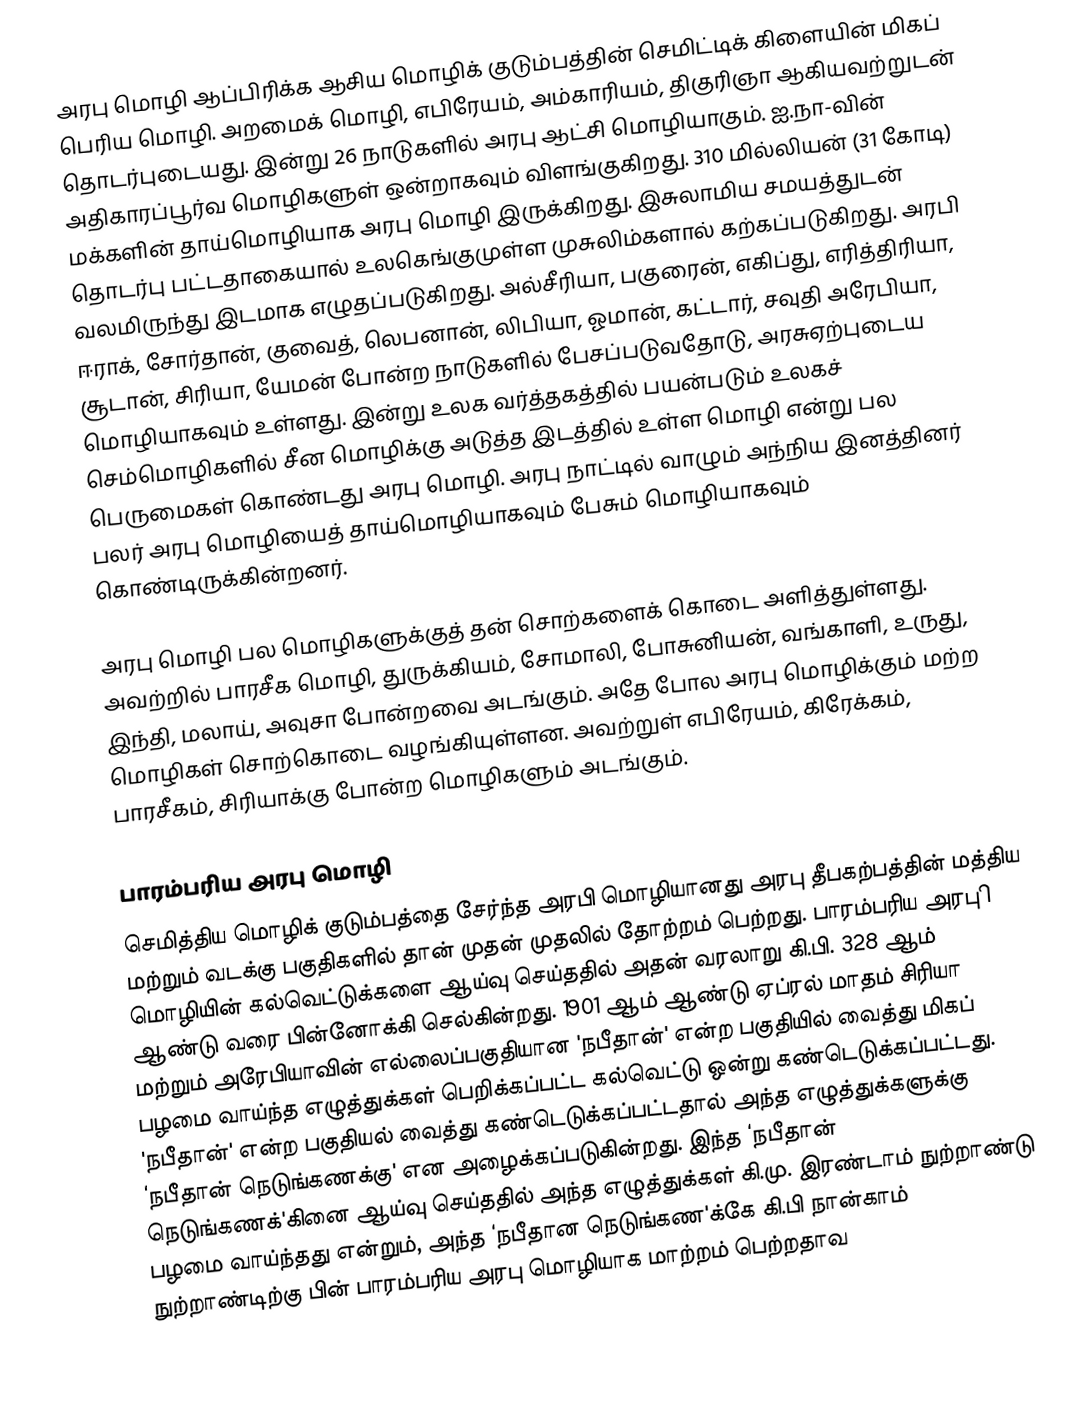
அரபு மொழி ஆப்பிரிக்க ஆசிய மொழிக் குடும்பத்தின் செமிட்டிக் கிளையின் மிகப் பெரிய மொழி. அறமைக் மொழி, எபிரேயம், அம்காரியம், திகுரிஞா ஆகியவற்றுடன் தொடர்புடையது. இன்று 26 நாடுகளில் அரபு ஆட்சி மொழியாகும். ஐ.நா-வின் அதிகாரப்பூர்வ மொழிகளுள் ஒன்றாகவும் விளங்குகிறது. 310 மில்லியன் (31 கோடி) மக்களின் தாய்மொழியாக அரபு மொழி இருக்கிறது. இசுலாமிய சமயத்துடன் தொடர்பு பட்டதாகையால் உலகெங்குமுள்ள முசுலிம்களால் கற்கப்படுகிறது. அரபி வலமிருந்து இடமாக எழுதப்படுகிறது. அல்சீரியா, பகுரைன், எகிப்து, எரித்திரியா, ஈராக், சோர்தான், குவைத், லெபனான், லிபியா, ஓமான், கட்டார், சவுதி அரேபியா, சூடான், சிரியா, யேமன் போன்ற நாடுகளில் பேசப்படுவதோடு, அரசுஏற்புடைய மொழியாகவும் உள்ளது. இன்று உலக வர்த்தகத்தில் பயன்படும் உலகச் செம்மொழிகளில் சீன மொழிக்கு அடுத்த இடத்தில் உள்ள மொழி என்று பல பெருமைகள் கொண்டது அரபு மொழி. அரபு நாட்டில் வாழும் அந்நிய இனத்தினர் பலர் அரபு மொழியைத் தாய்மொழியாகவும் பேசும் மொழியாகவும் கொண்டிருக்கின்றனர்.

அரபு மொழி பல மொழிகளுக்குத் தன் சொற்களைக் கொடை அளித்துள்ளது. அவற்றில் பாரசீக மொழி, துருக்கியம், சோமாலி, போசுனியன், வங்காளி, உருது, இந்தி, மலாய், அவுசா போன்றவை அடங்கும். அதே போல அரபு மொழிக்கும் மற்ற மொழிகள் சொற்கொடை வழங்கியுள்ளன. அவற்றுள் எபிரேயம், கிரேக்கம், பாரசீகம், சிரியாக்கு போன்ற மொழிகளும் அடங்கும்.

பாரம்பரிய அரபு மொழி
செமித்திய மொழிக் குடும்பத்தை சேர்ந்த அரபி மொழியானது அரபு தீபகற்பத்தின் மத்திய மற்றும் வடக்கு பகுதிகளில் தான் முதன் முதலில் தோற்றம் பெற்றது.  பாரம்பரிய அரபுி மொழியின் கல்வெட்டுக்களை ஆய்வு செய்ததில் அதன் வரலாறு கி.பி. 328 ஆம் ஆண்டு வரை பின்னோக்கி செல்கின்றது. 1901 ஆம் ஆண்டு ஏப்ரல் மாதம் சிரியா மற்றும் அரேபியாவின் எல்லைப்பகுதியான 'நபீதான்' என்ற பகுதியில் வைத்து மிகப் பழமை வாய்ந்த எழுத்துக்கள் பெறிக்கப்பட்ட கல்வெட்டு ஒன்று கண்டெடுக்கப்பட்டது. 'நபீதான்' என்ற பகுதியல் வைத்து கண்டெடுக்கப்பட்டதால் அந்த எழுத்துக்களுக்கு ‘நபீதான் நெடுங்கணக்கு'  என அழைக்கப்படுகின்றது. இந்த ‘நபீதான் நெடுங்கணக்'கினை ஆய்வு செய்ததில் அந்த எழுத்துக்கள் கி.மு. இரண்டாம் நுற்றாண்டு  பழமை வாய்ந்தது என்றும், அந்த ‘நபீதான நெடுங்கண'க்கே கி.பி நான்காம் நுற்றாண்டிற்கு பின் பாரம்பரிய அரபு மொழியாக மாற்றம் பெற்றதாவ